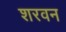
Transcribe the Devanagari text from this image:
शरवन